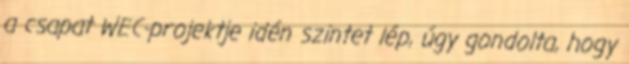
a csapat WEC-projektje idén szintet lép, úgy gondolta, hogy